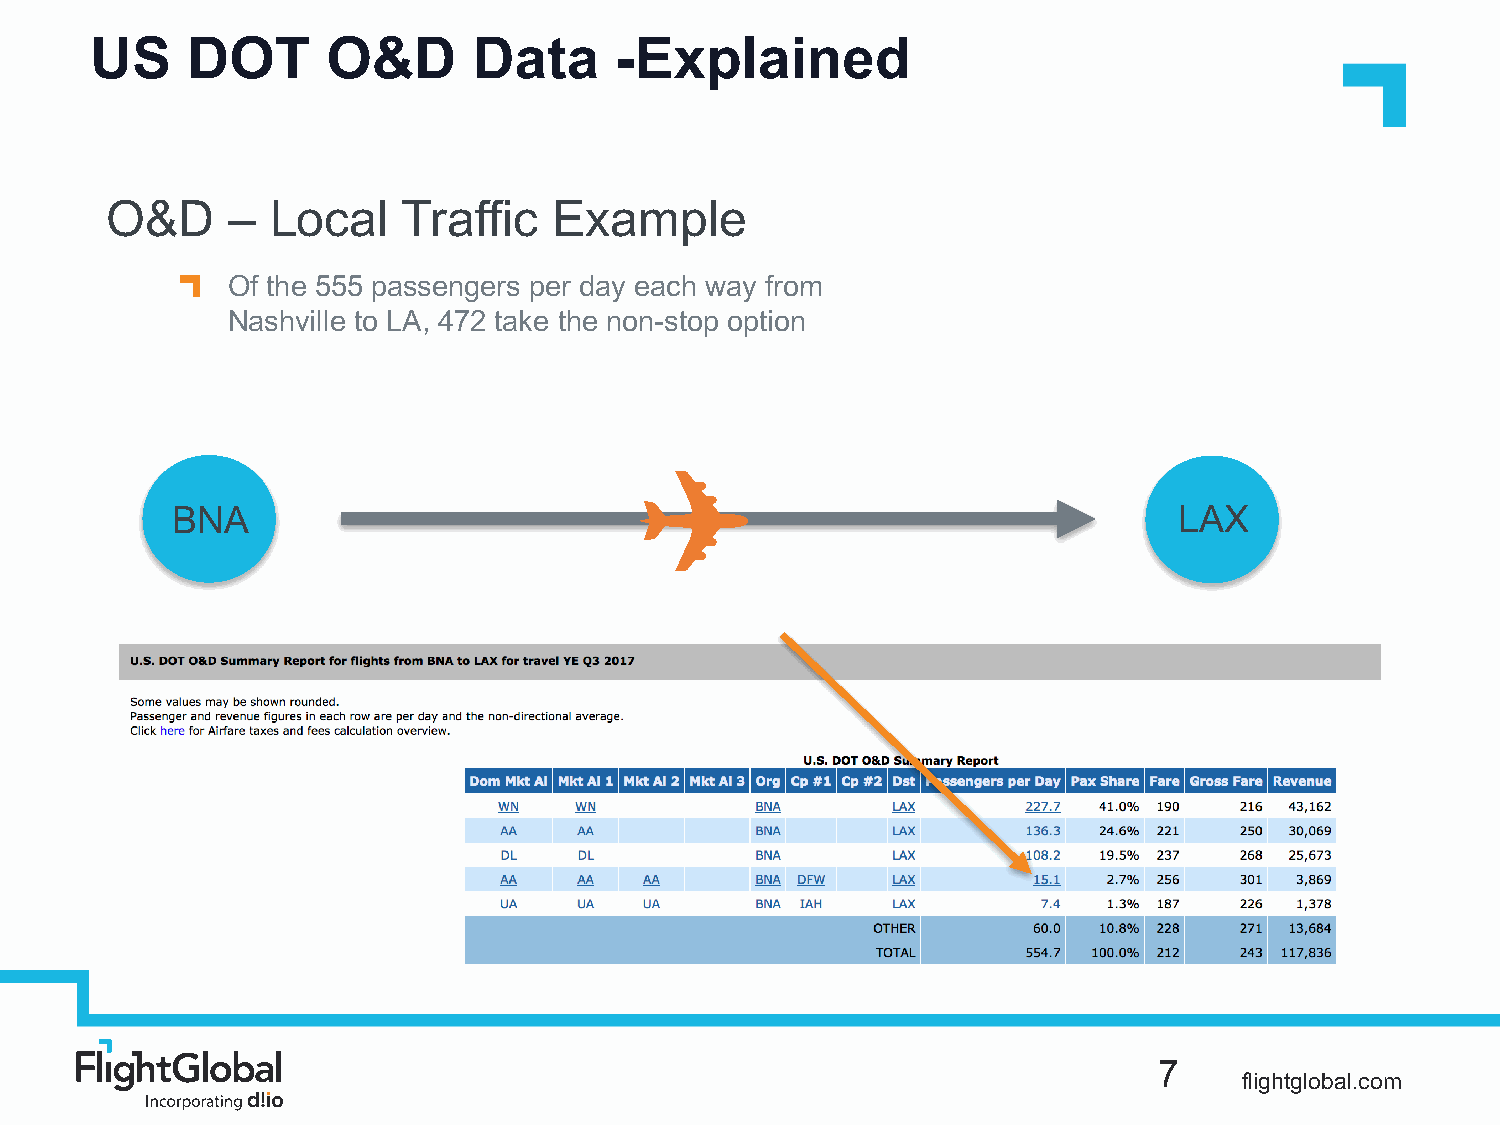
US    DOT       O&D      Data      -Explained
 O&D     –  Local    Traffic   Example
 Of the 555 passengers per day each way from
 Nashville to LA, 472 take the non-stop option
 ✈
 BNA                                                                LAX
 ✈
 7
 flightglobal.com